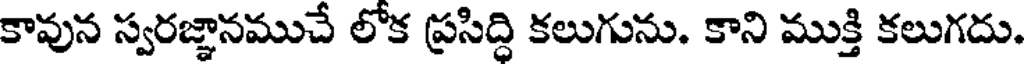
కావున స్వరజ్ఞానముచే లోక ప్రసిద్ది కలుగును. కాని ముక్తి కలుగదు.